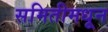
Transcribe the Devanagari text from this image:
समितीमधून